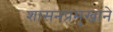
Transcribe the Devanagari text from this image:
शासनप्रमुखाने